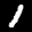
Label: 1